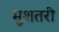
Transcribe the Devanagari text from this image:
मुशतरी